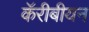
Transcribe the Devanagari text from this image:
कॅरीबीयन